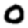
Digit: 0